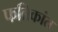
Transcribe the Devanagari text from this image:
फब्रिकांत